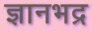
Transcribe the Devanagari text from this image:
ज्ञानभद्र